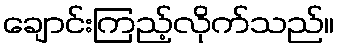
ချောင်းကြည့်လိုက်သည်။